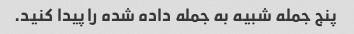
پنج جمله شبیه به جمله داده شده را پیدا کنید.